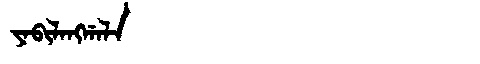
Manchu: ᠶᠠᠪᡳᠯᠠᠩᡤᠠᠯᠠ
Romanization: YABILANGGALA